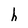
Character: h